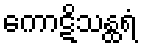
ကောဋိသန္ထရံ